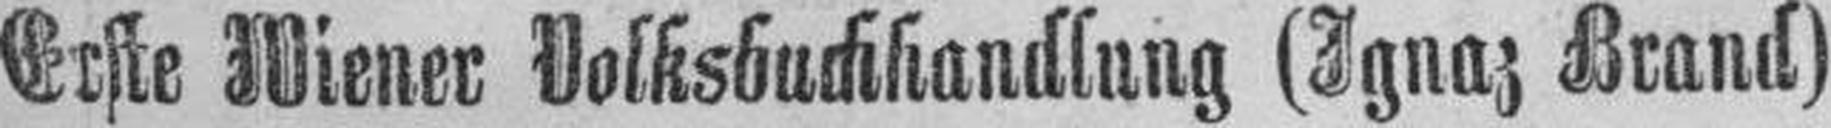
Erste Wiener Volksbuchhandlung (Ignaz Brand)